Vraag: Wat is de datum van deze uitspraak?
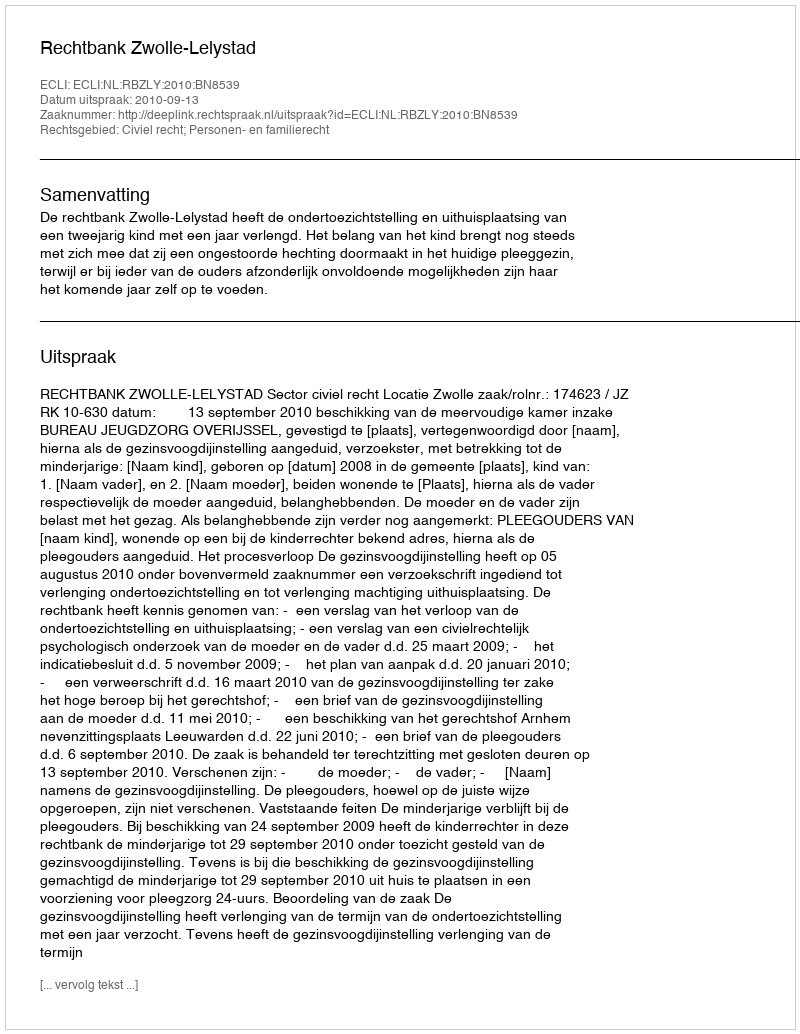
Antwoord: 2010-09-13